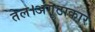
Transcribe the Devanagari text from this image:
तेल।अंगूठाकार